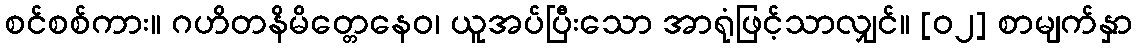
စင်စစ်ကား။ ဂဟိတနိမိတ္တေနေဝ၊ ယူအပ်ပြီးသော အာရုံဖြင့်သာလျှင်။ [၀၂] စာမျက်နှာ